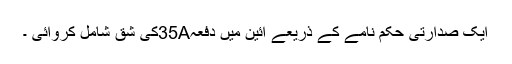
ایک صدارتی حکم نامے کے ذریعے آئین میں دفعہ35Aکی شق شامل کروائی ۔